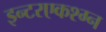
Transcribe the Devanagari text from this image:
इन्टरएकश्ग्न